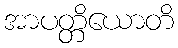
အာပတ္တိယောတိ